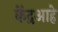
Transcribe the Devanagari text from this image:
केंद्रआहे